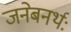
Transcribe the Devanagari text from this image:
जनेबनर्थः